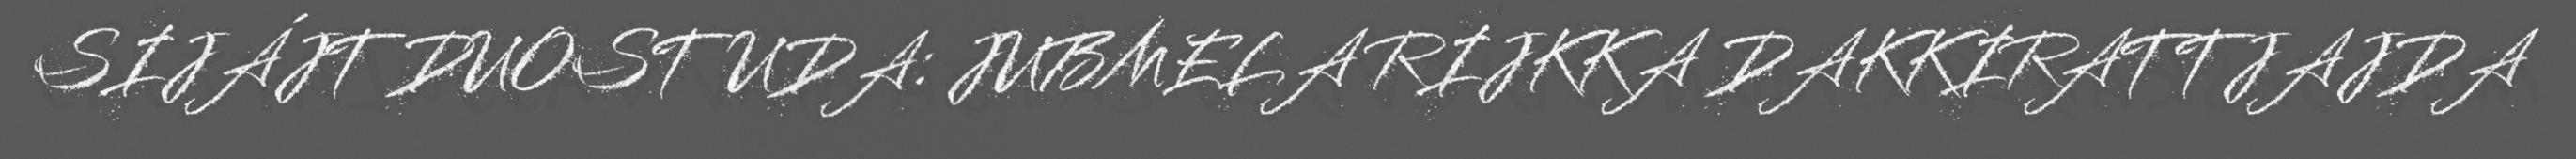
SIJÁJT DUOSTUDA: JUBMELA RIJKKA DAKKIRATTJAJDA